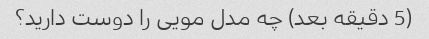
(5 دقیقه بعد) چه مدل مویی را دوست دارید؟